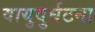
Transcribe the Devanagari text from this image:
वायुदुर्घटना